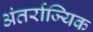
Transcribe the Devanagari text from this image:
अंतर्राज्यिक